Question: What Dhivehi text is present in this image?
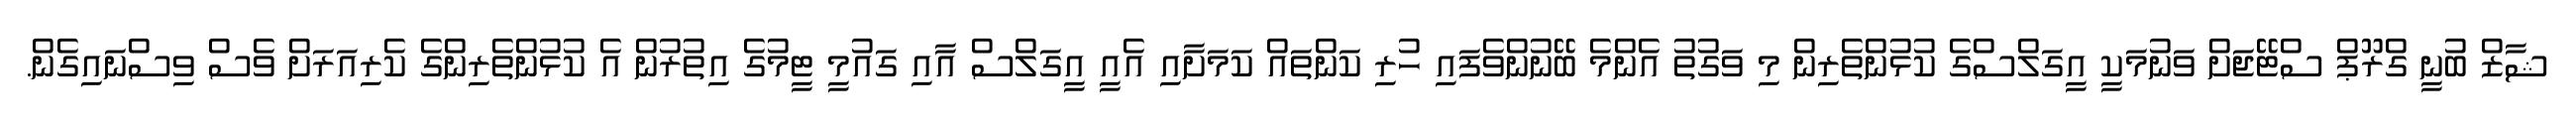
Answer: ޝާޒް ބުނީ ގްރޫޕް ސްޓޭޖަށް ވަނުމަކީ އީގަލްސްގެ ކުޅުންތެރިން މި ވަގުތު އެންމެ ބޭނުންވެފައި ހުރި ކަންތައް ކަމަށާއި އެއީ އީގަލްސް އާއި ގައުމީ ޓީމުގެ އިތުރުން އެ ކުޅުންތެރިންގެ ކެރިއަރަށް ވެސް ވިސްނައިގެން.